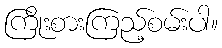
ကြိုးစားကြည့်စမ်းပါ။